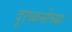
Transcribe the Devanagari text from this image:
दूरध्वनीच्या